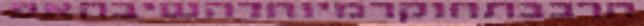
הרכבתחוקרמיוחדהשיבהאפ